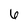
Character: 6